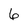
Character: 6